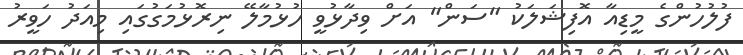
ފުލުހުންގެ މީޑިއާ އޮފިޝަލަކު "ސަން" އަށް ވިދާޅުވީ ހުޅުމާލޭ ނިރޮޅުމަގުގައި މިއަދު ހަވީރު